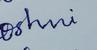
Signature authenticity: forged